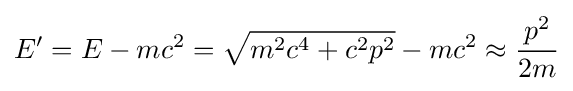
E'=E-mc^{2}={\sqrt {m^{2}c^{4}+c^{2}p^{2}}}-mc^{2}\approx {\frac {p^{2}}{2m}}